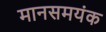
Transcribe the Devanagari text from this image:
मानसमयंक